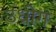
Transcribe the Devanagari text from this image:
उधाेग